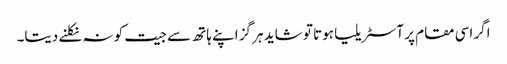
اگر اسی مقام پر آسٹریلیا ہوتا تو شاید ہر گز اپنے ہاتھ سے جیت کو نہ نکلنے دیتا۔